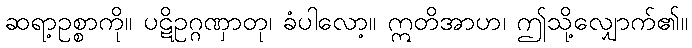
ဆရာ့ဥစ္စာကို။ ပဋိဥဂ္ဂဏှာတု၊ ခံပါလော့။ ဣတိအာဟ၊ ဤသို့လျှောက်၏။